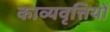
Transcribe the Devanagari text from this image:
काव्यवृत्तियों